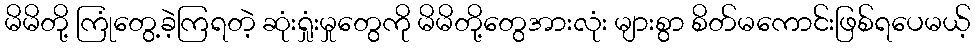
မိမိတို့ ကြုံတွေ့ခဲ့ကြရတဲ့ ဆုံးရှုံးမှုတွေကို မိမိတို့တွေအားလုံး များစွာ စိတ်မကောင်းဖြစ်ရပေမယ့်